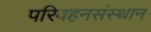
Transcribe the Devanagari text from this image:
परिवहनसंस्थान